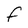
Character: F